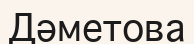
Дәметова